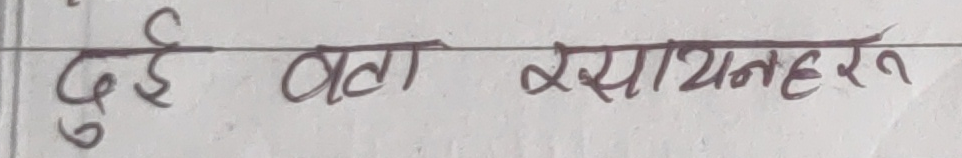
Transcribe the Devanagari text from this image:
दुई वटा रसायनहरु